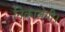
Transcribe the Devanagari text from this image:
निकालेगी।